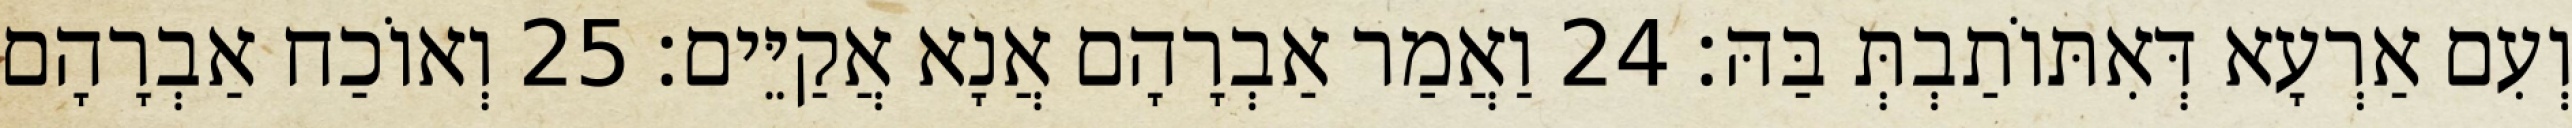
וְעִם אַרְעָא דְּאִתּוֹתַבְתְּ בַּהּ׃ 24 וַאֲמַר אַבְרָהָם אֲנָא אֲקַיֵּים׃ 25 וְאוֹכַח אַבְרָהָם